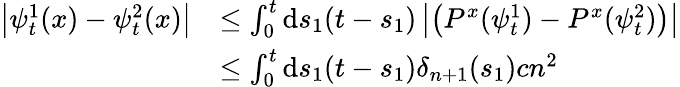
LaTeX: \begin{array}{rl}{\left|\psi_{t}^{1}(x)-\psi_{t}^{2}(x)\right|}&{\leq\int_{0}^{t}\mathrm{d}s_{1}(t-s_{1})\left|\left(P^{x}(\psi_{t}^{1})-P^{x}(\psi_{t}^{2})\right)\right|}\\ &{\leq\int_{0}^{t}\mathrm{d}s_{1}(t-s_{1})\delta_{n+1}(s_{1})cn^{2}}\end{array}